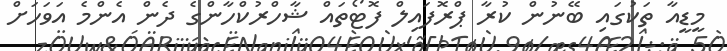
މީޑީއާ ތަކުގައި ބޭނުން ކުރާ ޕްރޮފައިލް ފޮޓޯތައް ޝާހްރުކްހާންގެ ދެން އެންމެ އަވަހަށް